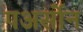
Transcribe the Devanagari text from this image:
पअर्सोन